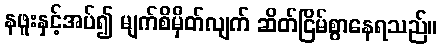
နဖူးနှင့်အပ်၍ မျက်စိမှိတ်လျက် ဆိတ်ငြိမ်စွာနေရသည်။